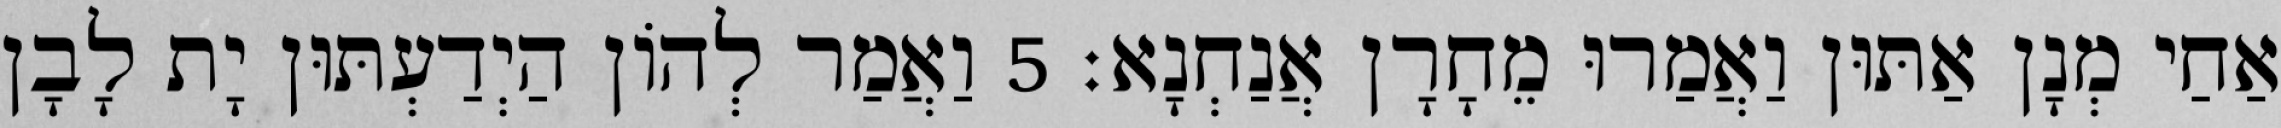
אַחַי מְנָן אַתּוּן וַאֲמַרוּ מֵחָרָן אֲנַחְנָא׃ 5 וַאֲמַר לְהוֹן הַיְדַעְתּוּן יָת לָבָן